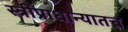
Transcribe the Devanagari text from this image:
स्त्रीप्राधान्यातच